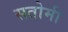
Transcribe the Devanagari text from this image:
सतोमी